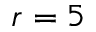
r = 5